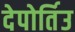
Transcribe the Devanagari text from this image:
देपोर्तिउ